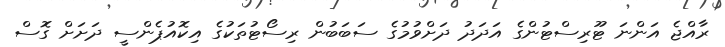
ރާއްޖެ އަންނަ ޓޫރިސްޓުންގެ އަދަދު ދަށްވުމުގެ ސަބަބުން ރިސޯޓުތަކުގެ އިކޮއުޕެންސީ ދަށަށް ގޮސް